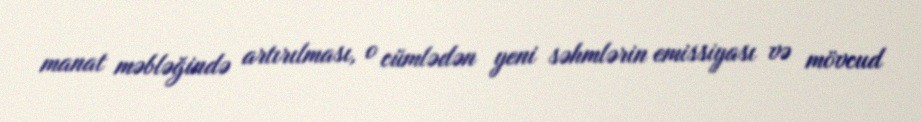
manat məbləğində artırılması, o cümlədən yeni səhmlərin emissiyası və mövcud